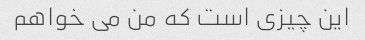
این چیزی است که من می خواهم